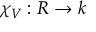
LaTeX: \chi _ { V } : R \to k